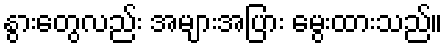
နွားတွေလည်း အများအပြား မွေးထားသည်။